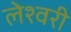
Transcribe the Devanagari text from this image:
लेश्वरी